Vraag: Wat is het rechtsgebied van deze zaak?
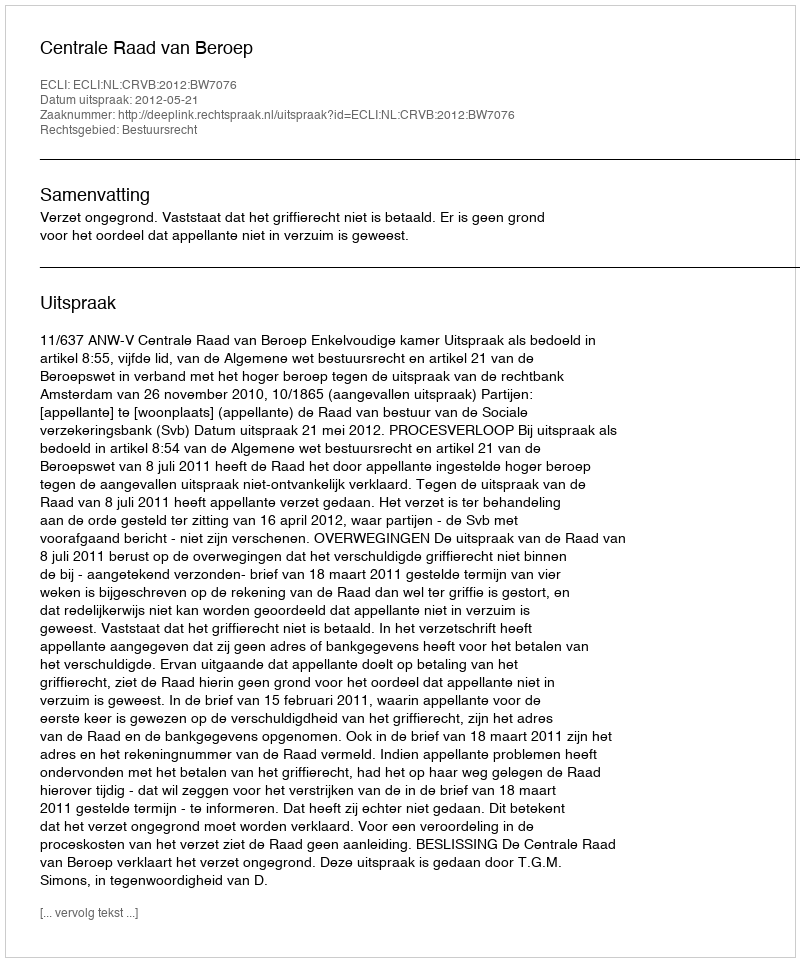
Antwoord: Bestuursrecht